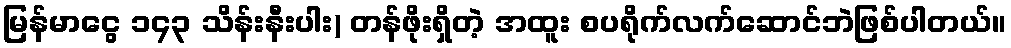
မြန်မာငွေ ၁၄၃ သိန်းနီးပါး) တန်ဖိုးရှိတဲ့ အထူး စပရိုက်လက်ဆောင်ဘဲဖြစ်ပါတယ်။